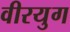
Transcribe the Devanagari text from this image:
वीरयुग